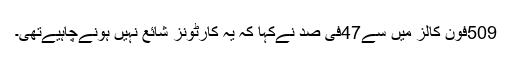
509فون کالز میں سے47فی صد نےکہا کہ یہ کارٹونز شائع نہیں ہونےچاہیےتھی۔